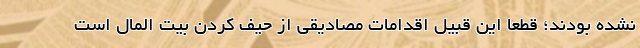
نشده بودند؛ قطعا این قبیل اقدامات مصادیقی از حیف کردن بیت المال است